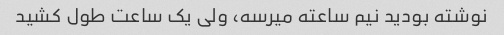
نوشته بودید نیم ساعته میرسه، ولی یک ساعت طول کشید